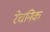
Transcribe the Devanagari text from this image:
रेचनिक